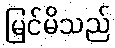
မြင်မိသည်